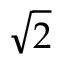
\sqrt { 2 }